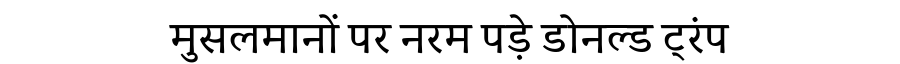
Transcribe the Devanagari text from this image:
मुसलमानों पर नरम पड़े डोनल्ड ट्रंप